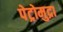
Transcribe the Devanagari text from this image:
पेट्रोमुद्रा